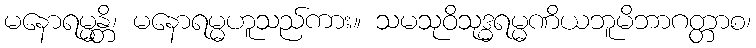
မနောရမ္မန္တိ၊ မနောရမ္မဟူသည်ကား။ သမသုဝိသုဒ္ဓရမ္မဏိယဘူမိဘာဂတ္တာစ၊